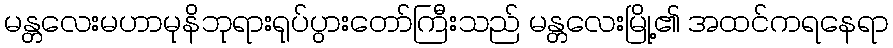
မန္တလေးမဟာမုနိဘုရားရုပ်ပွားတော်ကြီးသည် မန္တလေးမြို့၏ အထင်ကရနေရာ